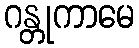
ဂန္တုကာမေ